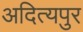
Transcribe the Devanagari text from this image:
अदित्यपुर